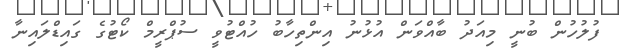
ފުލުހުން ބުނީ މިއަދު ބާއްވަން އުޅުނު އިންތިހާބު ހުއްޓުވީ ސުޕްރީމް ކޯޓުގެ ގައިޑްލައިނާ